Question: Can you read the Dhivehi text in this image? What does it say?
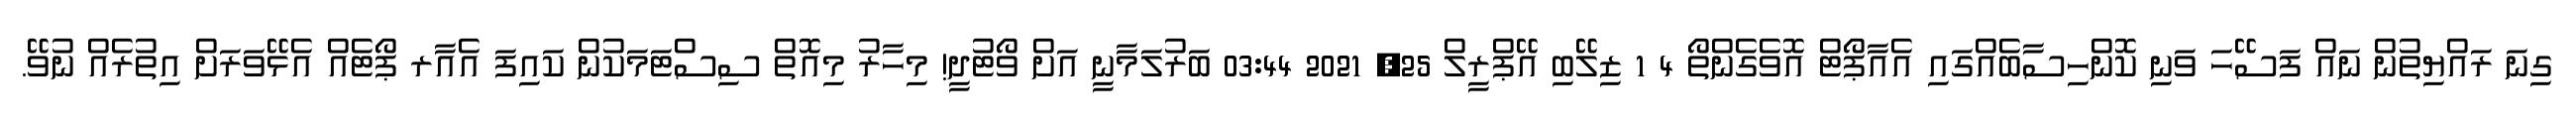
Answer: ގިނަ ރައްޔިތުން ނައް ފަސޭހަ ވަނި ކޮންހިސާބެއްގައި އެއާޕޯޓް އޮވެގެންތޯ 4 1 ޒިލޭބި އޭޕްރީލް 25, 2021 03:44 ބަރުލަމާނީ އަށް ވޯޓުދީ! މިހާރު މިއޮތް ސިސްޓަމަކުން ކައިފަ އެއާރ ޕޯޓެއް އެޅޭވަރަށް އިތުރެއް ނުވޭ.